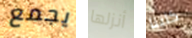
يجمع أنزلها كلبنا